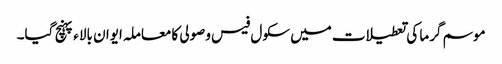
موسم گرما کی تعطیلات میں سکول فیس وصولی کامعاملہ ایوان بالاء پہنچ گیا۔